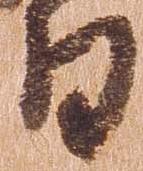
日